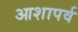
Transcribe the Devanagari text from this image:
आशापर्व